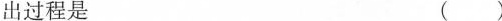
出过程是 ()